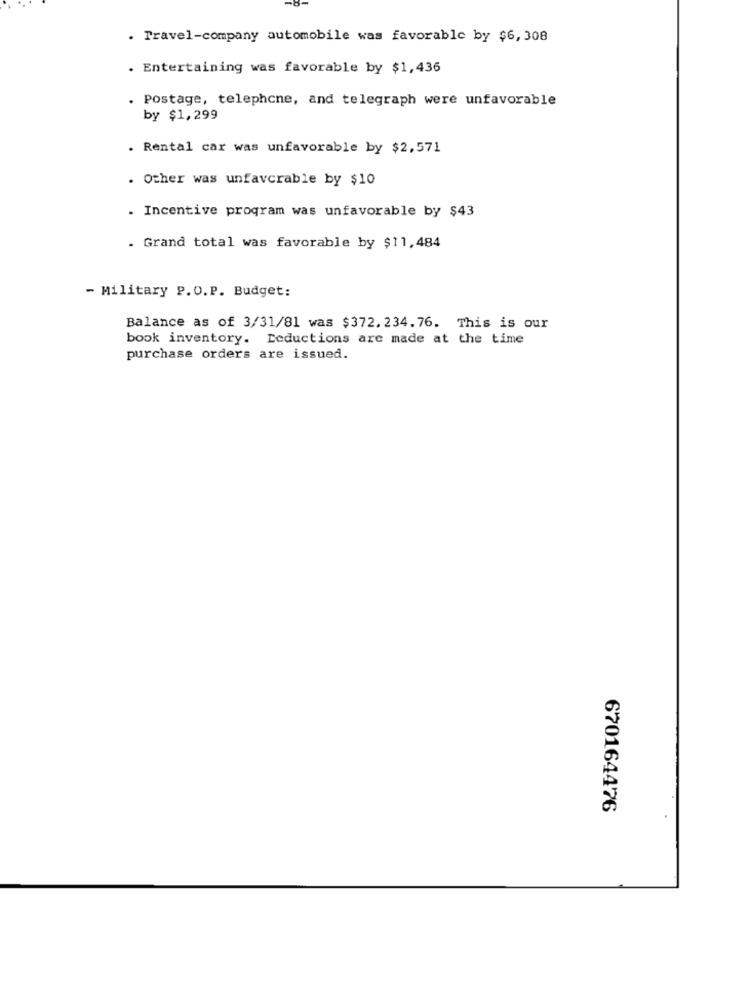
. Travel-company automobile was favorable by $6, 308
. Entertaining was favorable by $1,436
. Postage, telephone, and telegraph were unfavorable
by $1,299
. Rental car was unfavorable by $2,571
. Other was unfavorable by $10
. Incentive program was unfavorable by $43
. Grand total was favorable by $11,484
- Military P. O.P. Budget:
Balance as of 3/31/81 was $372. 234.76. This is our
book inventory. Deductions are made at the time
purchase orders are issued.
670164476